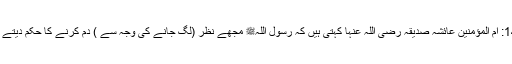
1455: اُمّ المؤمنین عائشہ صدیقہ رضی اللہ عنہا کہتی ہیں کہ رسول اللہﷺ مجھے نظر (لگ جانے کی وجہ سے ) دم کرنے کا حکم دیتے تھے۔